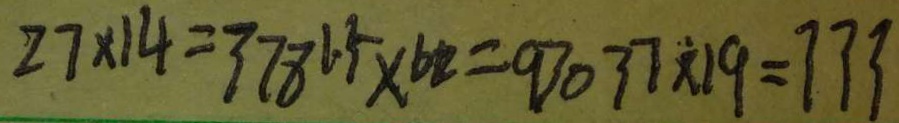
2 7 \times 1 4 = 3 7 8 1 . 5 \times 6 2 = 9 3 0 3 7 \times 1 9 = 7 3 3